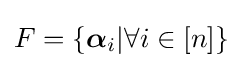
F=\{{{\boldsymbol {\alpha }}_{i}|\forall i\in [n]}\}